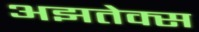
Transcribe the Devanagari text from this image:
अझतेक्स